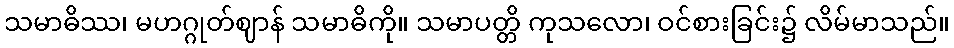
သမာဓိဿ၊ မဟဂ္ဂုတ်ဈာန် သမာဓိကို။ သမာပတ္တိ ကုသလော၊ ဝင်စားခြင်း၌ လိမ်မာသည်။